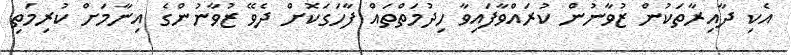
އެކި ދާއިރާތަކުން ޒުވާނުން ކުރައްވާފައިވާ ހިދުމަތްތައް ފާހަގަކޮށް ދެވޭ ޒުވާނުންގެ އިނާމަށް ކުރިމަތި